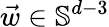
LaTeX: \vec{w}\in\mathbb{S}^{d-3}